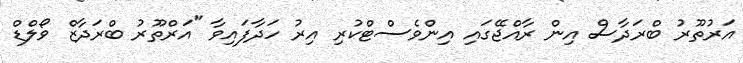
އަރުތޫރު ބްރަދާސް އިން ރާއްޖޭގައި އިންވެސްޓްކުރި އިރު ހަދާފައިވާ "އަރްތޫރު ބްރަދާޒް ވޯލްޑް